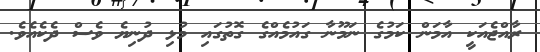
ރާއްޖެއަކީ އާމަން ކަމުގެ ނަމޫނާ ގައުމެއްގެ ގޮތުގައި މުޅި ދުނިޔެ ވެސް ދެކެއެވެ.